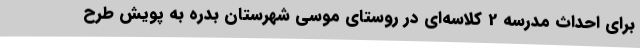
برای احداث مدرسه 2 کلاسه‌ای در روستای موسی شهرستان بدره به پویش طرح